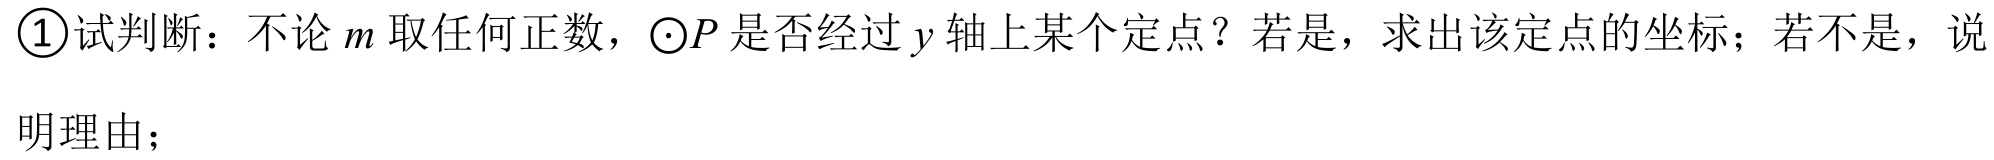
\textcircled{1}试判断：不论\(m\)取任何正数，\(\odot P\)是否经过\(y\)轴上某个定点？若是，求出该定点的坐标；若不是，说明理由；